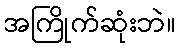
အကြိုက်ဆုံးဘဲ။